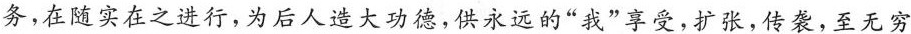
务，在随实在之进行，为后人造大功德，供永远的”我”享受，扩张，传袭，至无穷